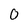
Character: O